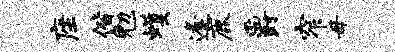
座偕勉蠖逢鹿爵窄毋